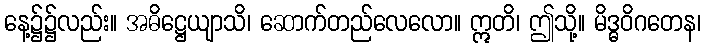
နေ့၌၌လည်း။ အဓိဋ္ဌေယျာသိ၊ ဆောက်တည်လေလော။ ဣတိ၊ ဤသို့။ မိဒ္ဓဝိဂတေန၊